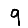
Digit: 9